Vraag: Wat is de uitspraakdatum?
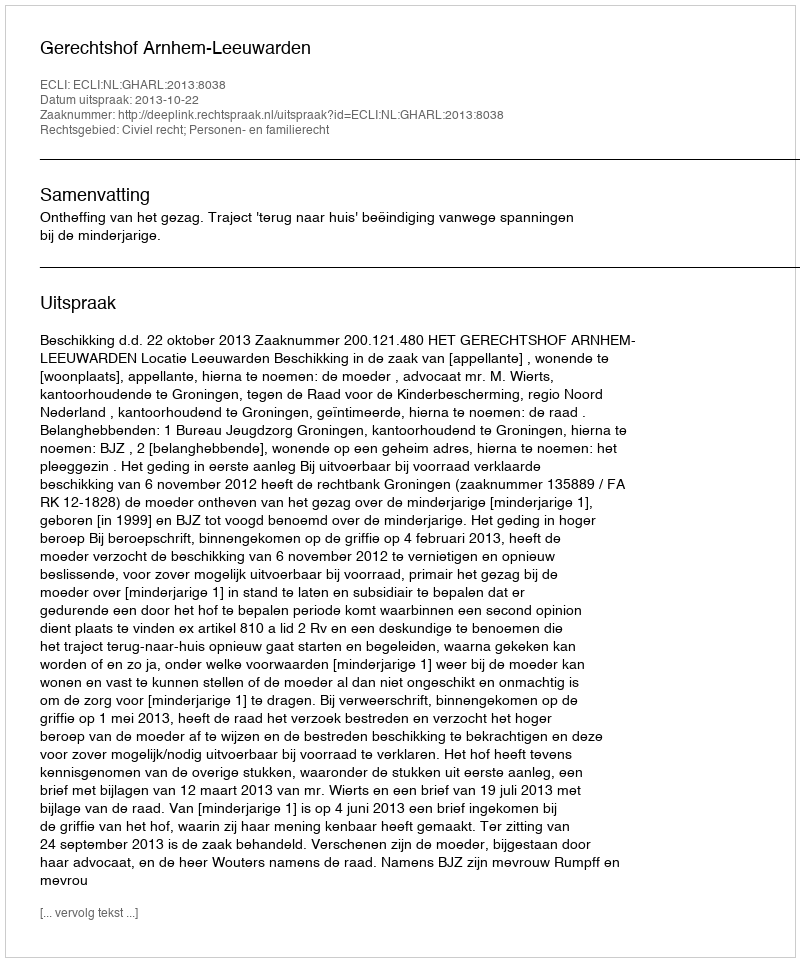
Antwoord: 2013-10-22